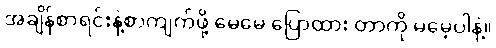
အချိန်စာရင်းနဲ့စာကျက်ဖို့ မေမေ ပြောထား တာကို မမေ့ပါနဲ့။